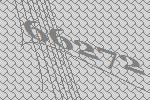
66272